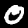
Digit: 0